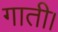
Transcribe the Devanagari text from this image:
गाती।